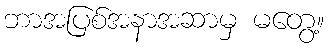
ဘာအပြစ်အနာအဆာမှ မတွေ့။